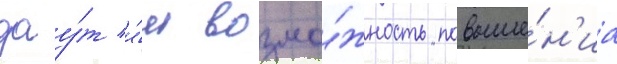
дау́т и́м возмо́жность повыше́н'иа